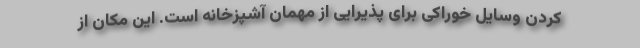
کردن وسایل خوراکی برای پذیرایی از مهمان آشپزخانه است. این مکان از